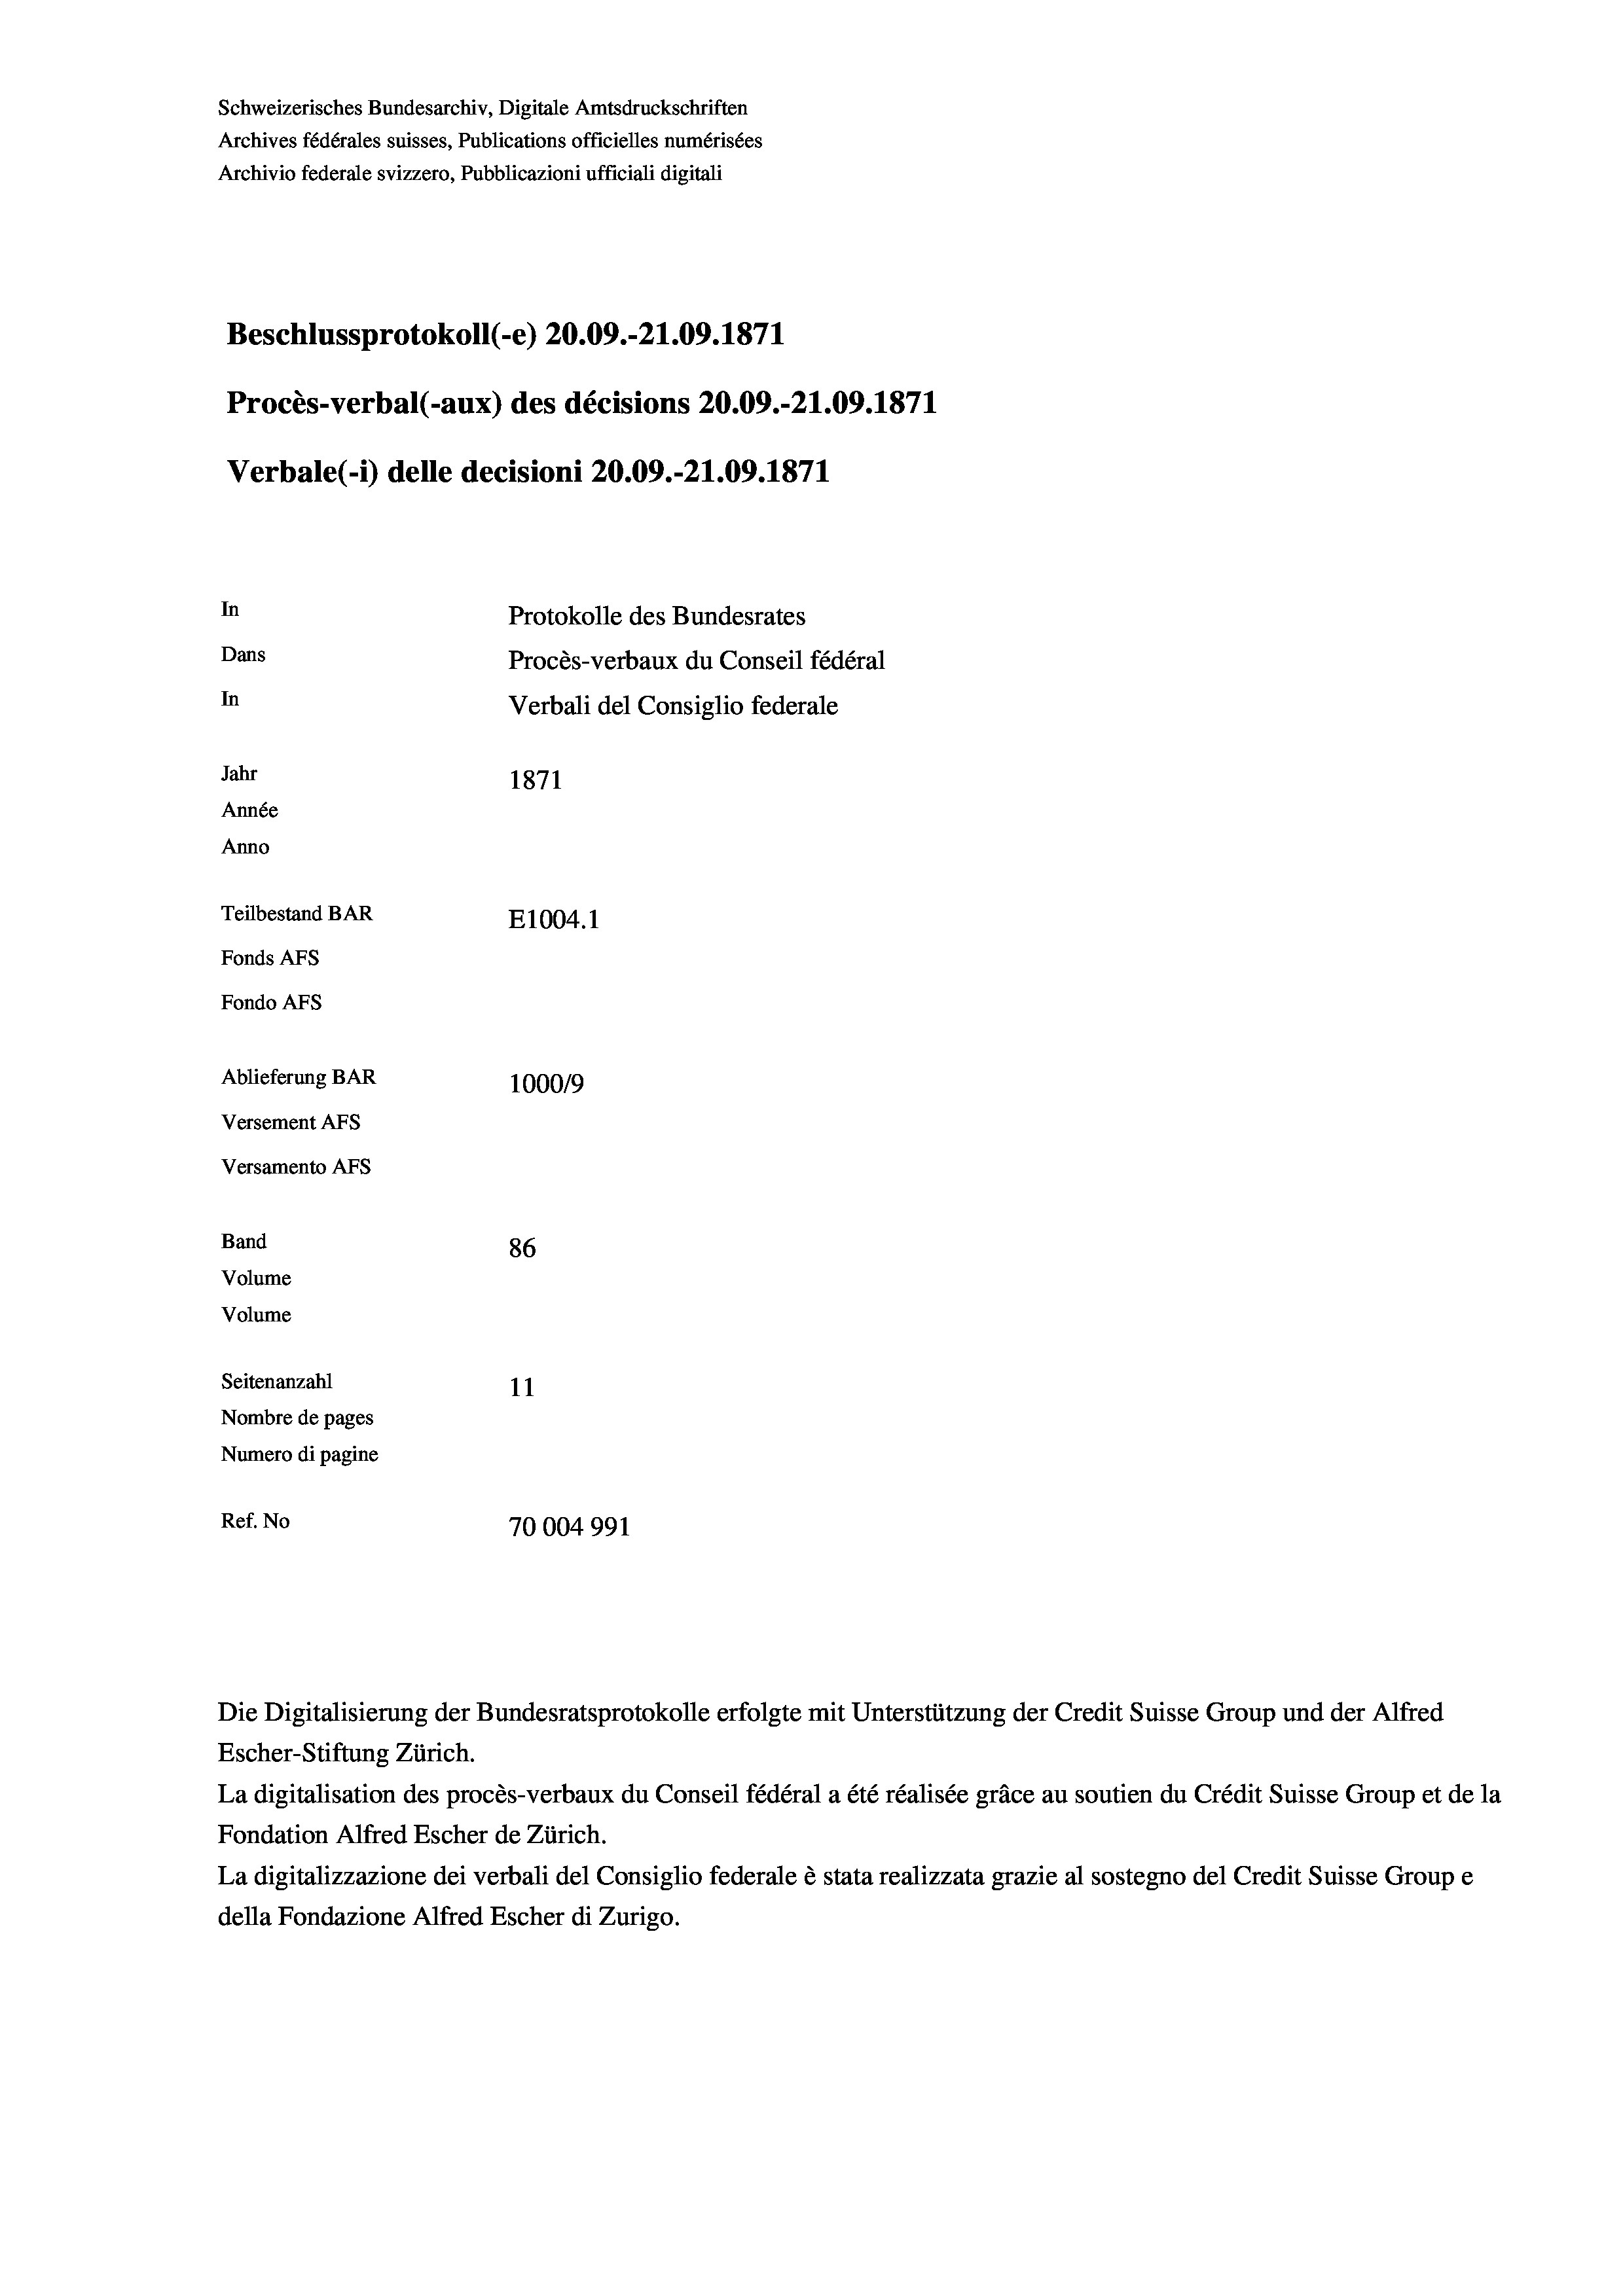
Schweizerisches Bundesarchiv, Digitale Amtsdruckschriften
Archives fédérales suisses, Publications officielles numérisées
Archivio federale svizzero, Pubblicazioni ufficiali digitali
Beschlussprotokoll (-e) 20.09.-21.09. 1871
Procès-verbal (-aux) des décisions 20.09.-21.09. 1871
Verbale (1) delle decisioni 20.09.-21.09. 1871
In
Protokolle des Bundesrates
Dans
Procès-verbaux du Conseil fédéral
In
Verbali del Consiglio federale
Jahr
1871
Année
Anno
Teilbestand BAR
E1004. 1
Fonds AFs
Fondo Afs
Ablieferung BAR
100019
Versement AFs
Versamento AFs

86
Seitenanzahl
11
Nombre de pages
Numero di pagine
Ref. No
70004991

Band
Volume
Volume

Escher-Stiftung Zürich.
La digitalisation des procès-verbaux du Conseil fédéral a été réalisée gräce au soutien du Crédit Suisse Group et de la
Fondation Alfred Escher de Zürich.
La digitalizzazione dei verbali del Consiglio federale è stata realizzata grazie al sostegno del Credit Suisse Groupe
della Fondazione Alfred Escher di Zurigo.

Die Digitalisierung der Bundesratsprotokolle erfolgte mit Unterstützung der Credit Suisse Group und der Alfred